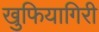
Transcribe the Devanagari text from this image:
खुफियागिरी